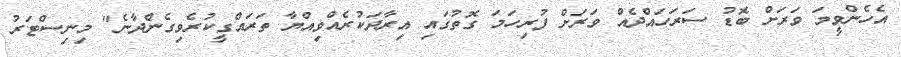
އެހެންވީމަ ވަރަށް ބޮޑު ސަރަހައްދެއް ވަރަށް ފުރިހަމަ ގޮތުގައި އިރާދަކުރެއްވިއްޔާ ތަރައްގީކުރެވިގެންދާނެ" މިނިސްޓަރު